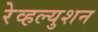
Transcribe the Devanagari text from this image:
रेव्हल्युशन